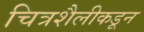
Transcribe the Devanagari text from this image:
चित्रशैलीकडून